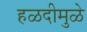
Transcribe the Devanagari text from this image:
हळदीमुळे